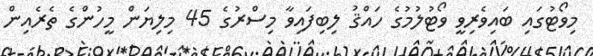
މިވޯޓުގައި ބައިވެރިވީ ވޯޓުލުމުގެ ހައްޤު ލިބިފައިވާ މިސްރުގެ 45 މިލިޔަން މީހުންގެ ތެރެއިން